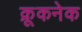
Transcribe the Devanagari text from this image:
क्रूकनेक